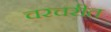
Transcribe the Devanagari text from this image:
चरचरीत